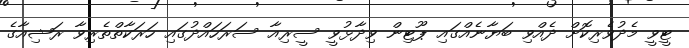
ޓީވީ މެދުވެރިކޮށް ދެއްވި ބަޔާނެއްގައި ޕޫޓިން ވިދާޅުވީ ސީރިއާ ސަރަހައްދުގައި ހަރަކާތްތެރިވާ ރަޝިއާގެ